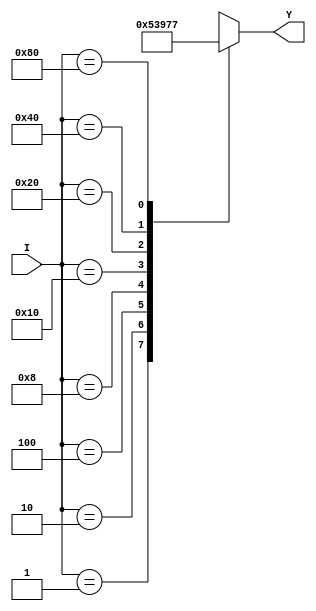
module encoder_8_to_3_b(input [7:0] I,output reg [2:0] Y );
always@(*)
begin
case(I)
8'b00000001: Y<= 3'b000;
8'b00000010: Y <= 3'b001;
8'b00000100: Y <= 3'b010;
8'b00001000: Y <= 3'b011;
8'b00010000: Y <= 3'b100;
8'b00100000: Y <= 3'b101;
8'b01000000: Y <= 3'b110;
8'b10000000: Y <= 3'b111;
default: Y<= 3'bxxx;
endcase
end
endmodule